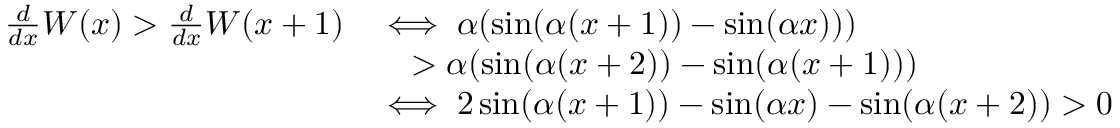
\begin{array} { r l } { \frac { d } { d x } W ( x ) > \frac { d } { d x } W ( x + 1 ) } & { \iff \alpha ( \sin ( \alpha ( x + 1 ) ) - \sin ( \alpha x ) ) ) } \\ & { \quad > \alpha ( \sin ( \alpha ( x + 2 ) ) - \sin ( \alpha ( x + 1 ) ) ) } \\ & { \iff 2 \sin ( \alpha ( x + 1 ) ) - \sin ( \alpha x ) - \sin ( \alpha ( x + 2 ) ) > 0 } \end{array}